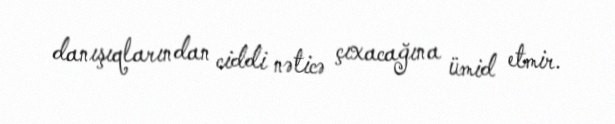
danışıqlarından ciddi nəticə çıxacağına ümid etmir.